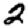
Digit: 2